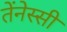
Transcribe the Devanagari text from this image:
तेंनेस्सी